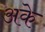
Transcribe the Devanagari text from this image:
अके